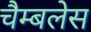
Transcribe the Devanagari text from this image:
चैम्बलेस